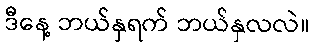
ဒီနေ့ ဘယ်နှရက် ဘယ်နှလလဲ။